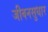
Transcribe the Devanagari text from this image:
जीवनसुधार